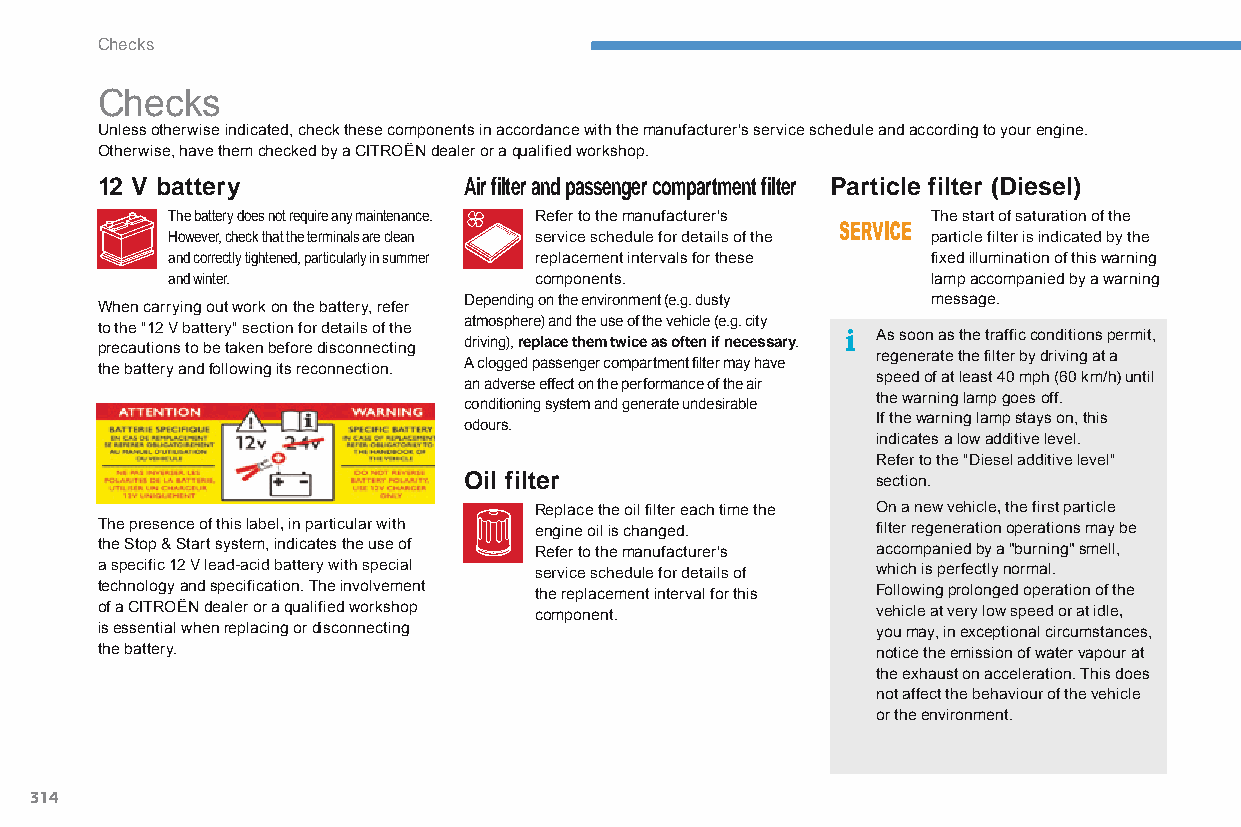
Checks
 Checks
 Unless otherwise indicated, check these components in accordance with the manufacturer's service schedule and according to your engine.
 Otherwise, have them checked by a CITROËN dealer or a qualified workshop.
 12 V battery             Air filter and passenger compartment filter Particle filter (Diesel)
 The battery does not require any maintenance. Refer to the manufacturer's The start of saturation of the
 However, check that the terminals are clean service schedule for details of the particle filter is indicated by the
 and correctly tightened, particularly in summer replacement intervals for these fixed illumination of this warning
 and winter.             components.                lamp accompanied by a warning
 Depending on the environment (e.g. dusty message.
 When carrying out work on the battery, refer
 atmosphere) and the use of the vehicle (e.g. city
 to the "12 V battery" section for details of the
 As soon as the traffic conditions permit,
 precautions to be taken before disconnecting driving), replace them twice as often if necessary.
 regenerate the filter by driving at a
 A clogged passenger compartment filter may have
 the battery and following its reconnection.
 speed of at least 40 mph (60 km/h) until
 an adverse effect on the performance of the air
 the warning lamp goes off.
 conditioning system and generate undesirable
 If the warning lamp stays on, this
 odours.
 indicates a low additive level.
 Refer to the "diesel additive level"
 Oil filter                 section.
 Replace the oil filter each time the on a new vehicle, the first particle
 The presence of this label, in particular with engine oil is changed. filter regeneration operations may be
 the Stop & Start system, indicates the use of Refer to the manufacturer's accompanied by a "burning" smell,
 a specific 12 V lead-acid battery with special service schedule for details of which is perfectly normal.
 technology and specification. The involvement the replacement interval for this Following prolonged operation of the
 of a CITROËN dealer or a qualified workshop component. vehicle at very low speed or at idle,
 is essential when replacing or disconnecting        you may, in exceptional circumstances,
 the battery.                                        notice the emission of water vapour at
 the exhaust on acceleration. This does
 not affect the behaviour of the vehicle
 or the environment.
 314
 C4-Picasso-II_en_Chap08_verifications_ed01-2015